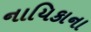
નાયિકાના